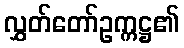
လွှတ်တော်ဥက္ကဋ္ဌ၏